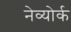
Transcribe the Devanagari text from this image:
नेव्योर्क